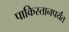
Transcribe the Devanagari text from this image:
पाकिस्तानपर्यंत